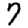
Digit: 7